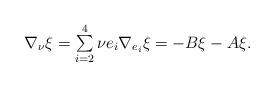
LaTeX: \begin{align*} \nabla_\nu\xi=\textstyle\sum\limits_{i=2}^4\nu e_i\nabla_{e_i}\xi=-B\xi- A\xi. \end{align*}